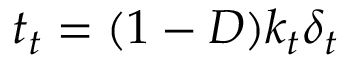
t _ { t } = ( 1 - D ) k _ { t } \delta _ { t }